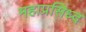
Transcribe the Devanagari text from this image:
महाप्रसिध्द